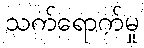
သက်ရောက်မှု